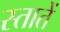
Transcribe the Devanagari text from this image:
स्तातें